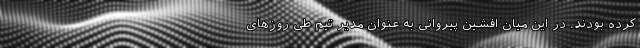
کرده بودند. در این میان افشین پیروانی به عنوان مدیر تیم طی روزهای